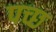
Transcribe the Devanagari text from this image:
पच्छ